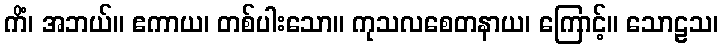
ကိံ၊ အဘယ်။ ဧကာယ၊ တစ်ပါးသော။ ကုသလစေတနာယ၊ ကြောင့်။ သောဠသ၊